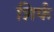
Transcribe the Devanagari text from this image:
शिर्फ